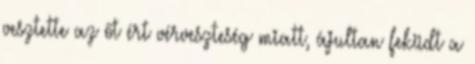
vesztette az őt ért vérveszteség miatt, ájultan feküdt a